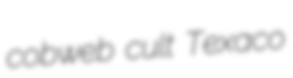
cobweb cult Texaco